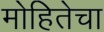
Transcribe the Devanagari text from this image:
मोहितेचा